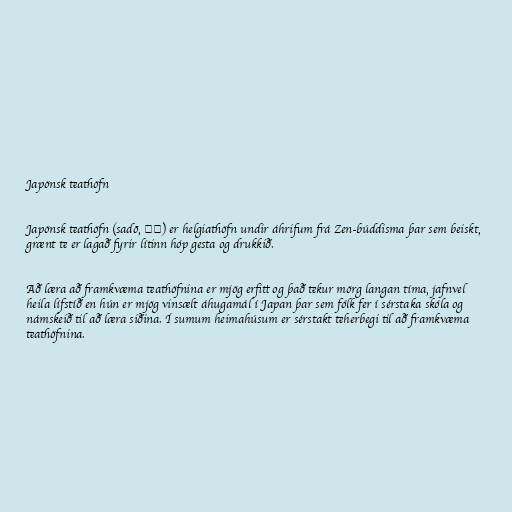
Japönsk teathöfn

Japönsk teathöfn (sadō, 茶道) er helgiathöfn undir áhrifum frá Zen-búddisma þar sem beiskt,
grænt te er lagað fyrir lítinn hóp gesta og drukkið.

Að læra að framkvæma teathöfnina er mjög erfitt og það tekur mörg langan tíma, jafnvel
heila lífstíð en hún er mjög vinsælt áhugamál í Japan þar sem fólk fer í sérstaka skóla og
námskeið til að læra siðina. Í sumum heimahúsum er sérstakt teherbegi til að framkvæma
teathöfnina.